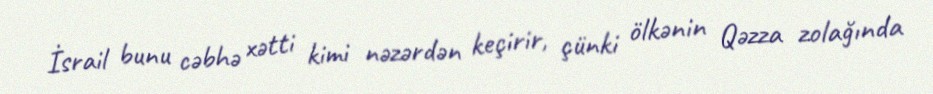
İsrail bunu cəbhə xətti kimi nəzərdən keçirir, çünki ölkənin Qəzza zolağında